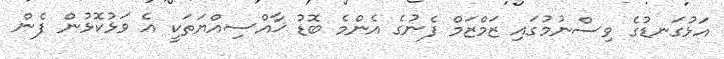
އަޅުގަނޑުގެ ވިސްނުމުގައި ޒަމްޒަމް ފެނުގެ އެންމެ ބޮޑު ޚާއްސިއްޔަތަކީ އެ ވަޅުކޮޅުން ފެން